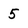
Character: 5